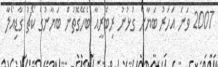
2007 ވަނަ އަހަރު ބަޔާނާ ގުޅުނު ރިބެރީއާ ބެހޭގޮތުން ބަޔާނުގެ ކޯޗު ގާޑިއޯލާ